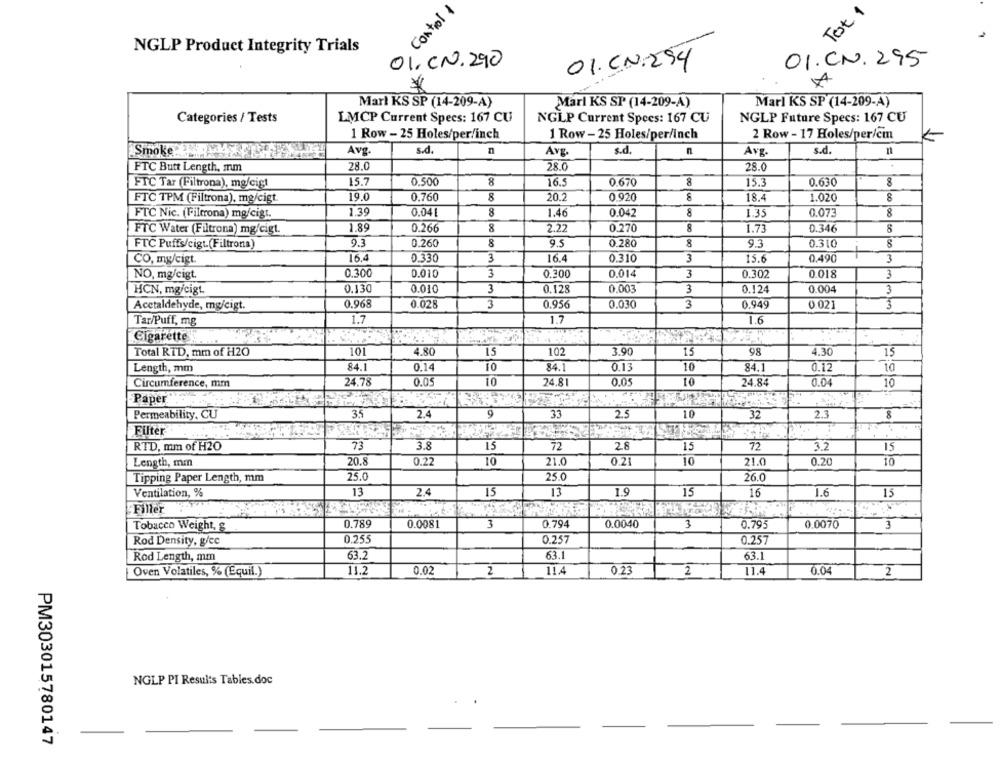
, Control 1
Tot 1
NGLP Product Integrity Trials
01. CN. 290
O1.CN. 295
01. CN:294
A
Marl KS SP (14-209-A)
Marl KS SP (14-209-A)
Marl KS SP (14-209-A)
Categories / Tests
LMCP Current Specs: 167 CU
NGLP Current Spees: 167 CU
NGLP Future Specs: 167 CU
1 Row - 25 Holes/per/inch
1 Row - 25 Holes/per/inch
2 Row - 17 Holes/per/cin
Smoke
Avg.
s.d.
Avg.
s.d.
n
Avg
s.d.
FTC Butt Length, mm
28.0
28.0
28.0
15.7
0.500
8
16.5
0.670
8
15.3
0.630
FTC Tar (Filtrona), mg/cigt
FTC TPM (Filtrona), mg/cigt.
19.0
0.760
8
20.2
0.920
8
18.4
1.020
8
FTC Nic. (Filtrona) mg/cigt.
1.39
0.04
8
1.46
0.042
8
1.35
0.073
8
FTC Water (Filtrona) mg/cigt.
1.89
0.266
8
2.22
0.270
8
1.73
0.346
8
FTC Puffs/cigt.(Filtrona)
9.3
0.260
8
9.5
0.280
8
9.3
0.310
CO, my/cigt.
16.4
0.330
3
16.4
0.310
3
15.6
0.490
3
NO, mg/cigt.
0.300
0.010
3
0.300
0.014
3
0.302
0.018
3
HCN, mg/cigt
0.130
0.010
3
0.128
0,003
3
0.124
0.004
3
Acctaldehyde, mg/cigt.
0.968
0.028
3
0.956
0.030
3
0.949
0.021
3
Tar/Puff, mg
1.7
1.7
1.6
Cigarette
Total RTD, mm of H2O
101
4.80
15
102
3.90
15
98
4.30
15
Length, mm
84.1
0.14
10
84.1
0.13
10
84.1
0.12
10
24.78
0.05
10
24.8
0.05
10
24.84
0.04
10
Circumference, mm
Paper
2.4
33
10
Permeability, CU
35
9
2.5
32
2.3
8
Filter
RTD, mm of H2O
73
3.8
15
72
28
15
72
3.2
15
Length, mm
20.8
0.22
10
21.0
0.21
10
21.0
0.20
10
Tipping Paper Length, mm
25.0
25.0
26.0
Ventilation, %
13
2.4
15
13
I.S
15
16
1.6
15
Filler
Tobacco Weight, &
0.789
0.0081
3
0.794
0.0040
3
0.795
0.0070
Rod Density, g/ec
0.255
0.257
0.257
Rod Length, mm
63.2
63.1
63.1
Oven Volatiles, % (Equil.)
11.2
0.02
2
11.4
0.23
2
11.4
0.04
2
NGLP PI Results Tables. doc
PM303015780147